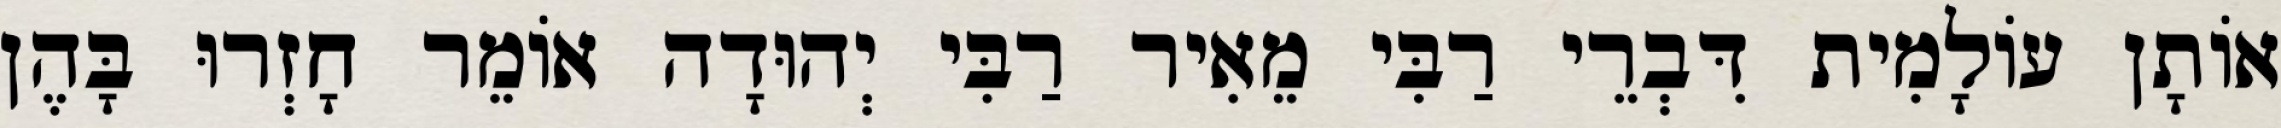
אוֹתָן עוֹלָמִית דִּבְרֵי רַבִּי מֵאִיר רַבִּי יְהוּדָה אוֹמֵר חָזְרוּ בָּהֶן